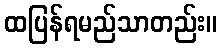
ထပြန်ရမည်သာတည်း။